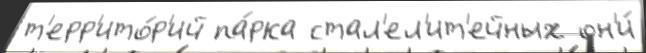
т'ерр'ито́р'ий па́рка стал'ел'ит'ейных он'и́